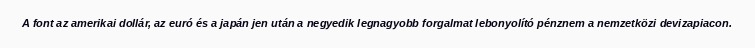
A font az amerikai dollár, az euró és a japán jen után a negyedik legnagyobb forgalmat lebonyolító pénznem a nemzetközi devizapiacon.